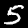
Label: 5